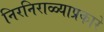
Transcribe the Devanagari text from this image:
निरनिराळ्याप्रकारे